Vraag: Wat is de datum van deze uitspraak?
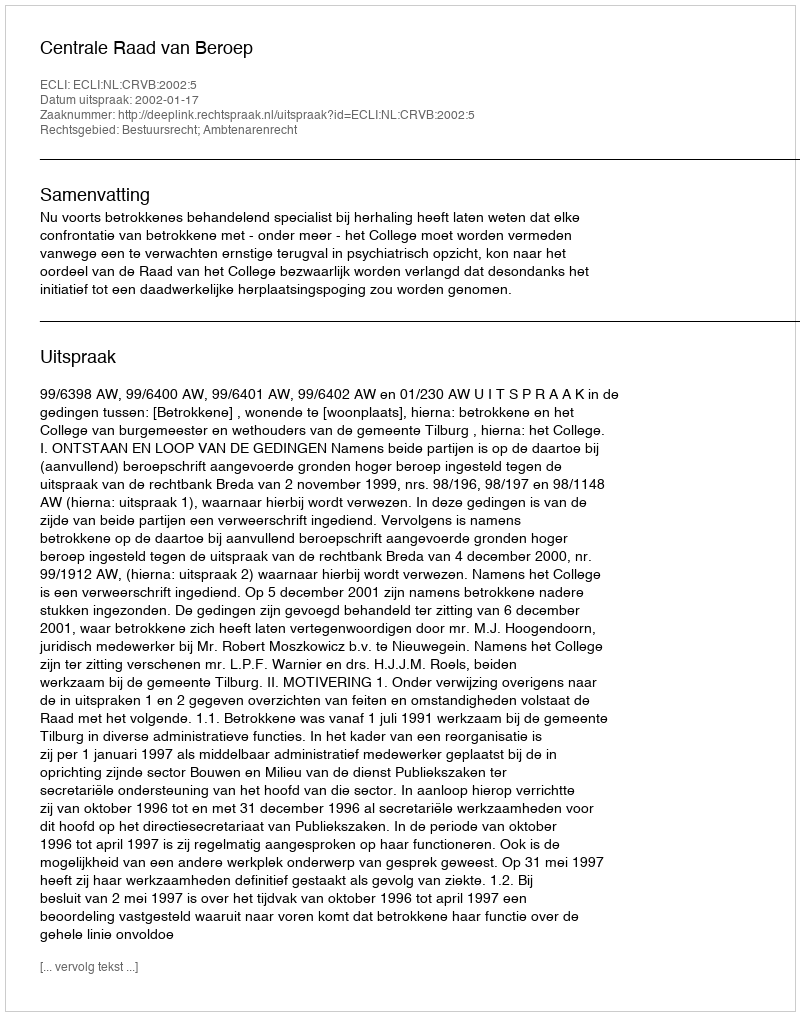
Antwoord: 2002-01-17